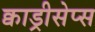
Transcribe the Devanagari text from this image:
क्वाड्रीसेप्स